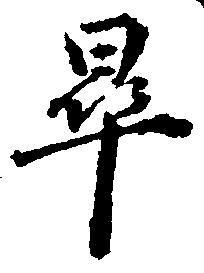
畢